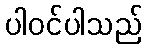
ပါဝင်ပါသည်